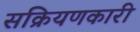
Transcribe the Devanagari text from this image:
सक्रियणकारी